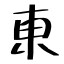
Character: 東